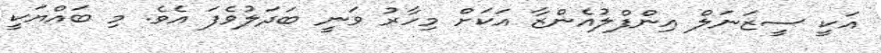
އަކީ ސީޒަނަލް އިންފްލުއެންޒާ އަކަށް މިހާރު ވަނީ ބަދަލުވެފަ އެވެ. މި ބައްޔަކީ